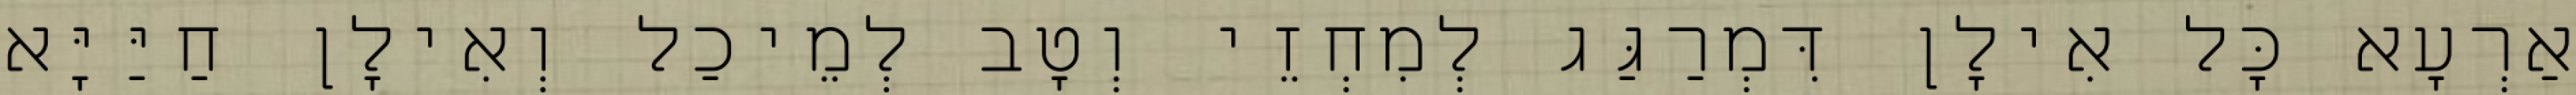
אַרְעָא כָּל אִילָן דִּמְרַגַּג לְמִחְזֵי וְטָב לְמֵיכַל וְאִילָן חַיַּיָּא